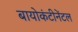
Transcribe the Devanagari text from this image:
बायोकंटीनेंटल